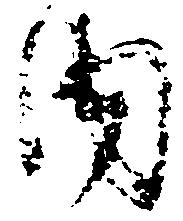
内